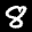
Label: 8